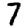
Digit: 7